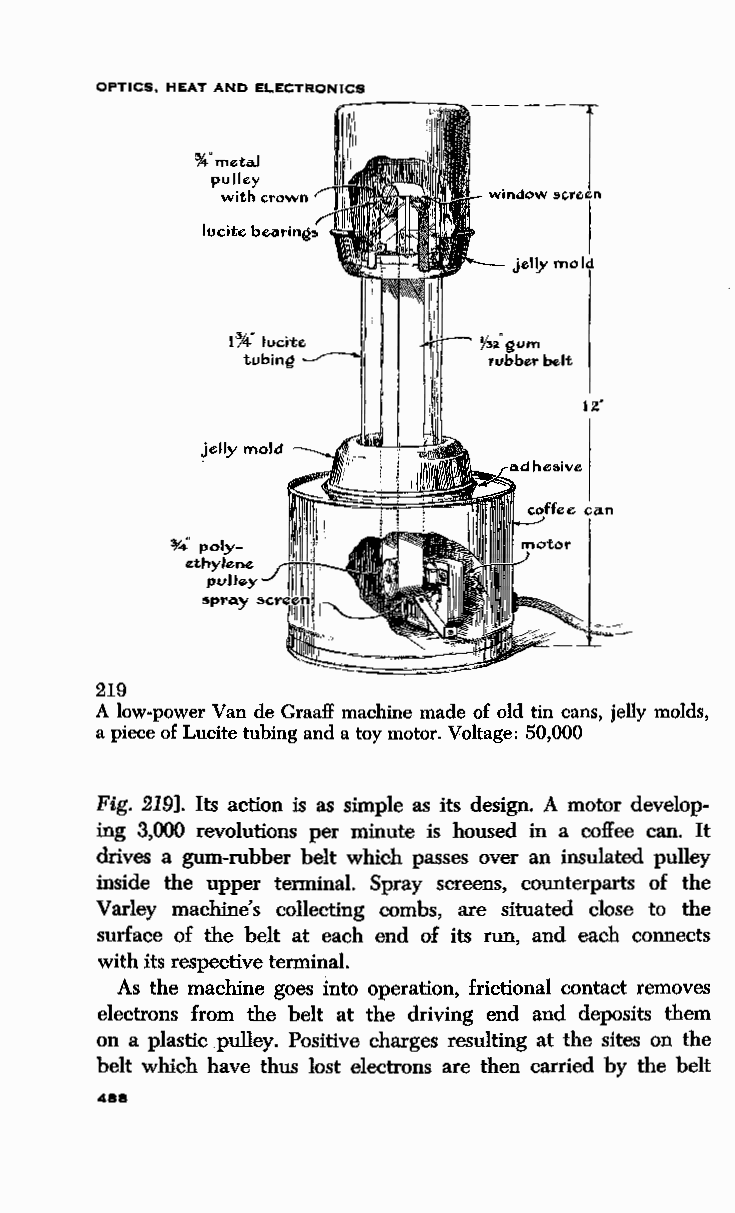
OPTICS, HEAT AND ELECTRONICS
 *"metal
 pulley
 with crown
 Y3a" eum
 rubber belt
 :Y4 poly
 ethylene
 pulley
 spra.y
 219
 A low-power Van de Graaff machine made of old tin cans, jelly molds,
 a piece of Lucite tubing and a toy motor. Voltage: 50,000
 Fig. 219]. Its action is as simple as its design. A motor develop
 ing 3,000 revolutions per minute is housed in a coffee can. It
 drives a gum-rubber belt which passes over an insulated pulley
 inside the upper terminal. Spray screens, counterparts of the
 Varley machine's collecting combs, are situated close to the
 surface of the belt at each end of its run, and each connects
 with its respective terminal.
 As the machine goes into operation, frictional contact removes
 electrons from the belt at the driving end and deposits them
 on a plastic pulley. Positive charges resulting at the sites on the
 belt which have thus lost electrons are then carried by the belt
 488